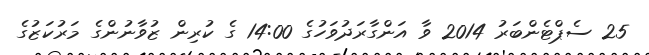
25 ސެޕްޓެންބަރު 2014 ވާ އަންގާރަދުވަހުގެ 14:00 ގެ ކުރިން ޒުވާނުންގެ މަރުކަޒުގެ